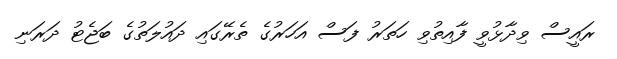
ރައީސް ވިދާޅުވީ ފާއިތުވި ހަތަރު ފަސް އަހަރުގެ ތެރޭގައި ދައުލަތުގެ ބަޖެޓު ދަރަނި